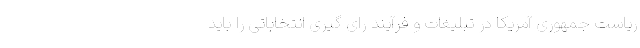
ریاست جمهوری آمریکا در تبلیغات و فرآیند رای گیری انتخاباتی را باید